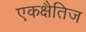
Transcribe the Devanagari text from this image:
एकक्षैतिज